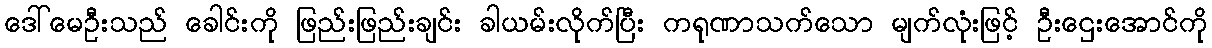
ဒေါ်မေဦးသည် ခေါင်းကို ဖြည်းဖြည်းချင်း ခါယမ်းလိုက်ပြီး ကရုဏာသက်သော မျက်လုံးဖြင့် ဦးဌေးအောင်ကို